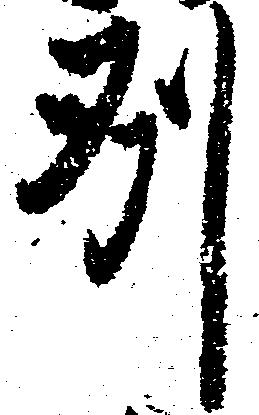
州